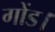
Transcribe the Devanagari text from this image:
गोंड।